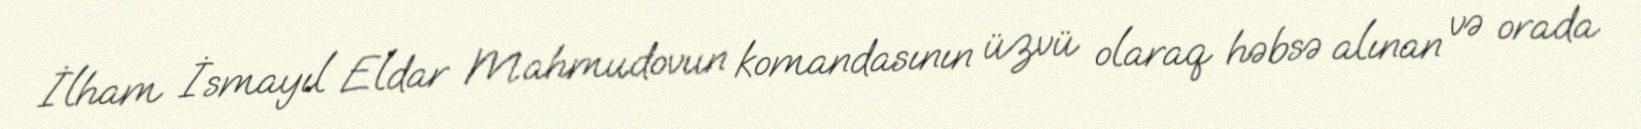
İlham İsmayıl Eldar Mahmudovun komandasının üzvü olaraq həbsə alınan və orada